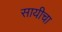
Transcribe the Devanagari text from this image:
सायीचा